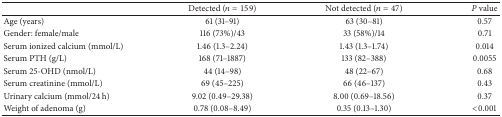
<table><thead><tr><td><b> </b></td><td><b>Detected (<i>n</i> = 159)</b></td><td><b>Not detected (<i>n</i> = 47)</b></td><td><b><i>P</i> value</b></td></tr></thead><tbody><tr><td>Age (years)</td><td>61 (31–91)</td><td>63 (30–81)</td><td>0.57</td></tr><tr><td>Gender: female/male</td><td>116 (73%)/43</td><td>33 (58%)/14</td><td>0.71</td></tr><tr><td>Serum ionized calcium (mmol/L)</td><td>1.46 (1.3–2.24)</td><td>1.43 (1.3–1.74)</td><td>0.014</td></tr><tr><td>Serum PTH (g/L)</td><td>168 (71–1887)</td><td>133 (82–388)</td><td>0.0055</td></tr><tr><td>Serum 25-OHD (nmol/L)</td><td>44 (14–98)</td><td>48 (22–67)</td><td>0.68</td></tr><tr><td>Serum creatinine (mmol/L)</td><td>69 (45–225)</td><td>66 (46–137)</td><td>0.43</td></tr><tr><td>Urinary calcium (mmol/24 h)</td><td>9.02 (0.49–29.38)</td><td>8.00 (0.69–18.56)</td><td>0.37</td></tr><tr><td>Weight of adenoma (g)</td><td>0.78 (0.08–8.49)</td><td>0.35 (0.13–1.30)</td><td>&lt;0.001</td></tr></tbody></table>